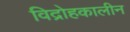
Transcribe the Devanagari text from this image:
विद्रोहकालीन